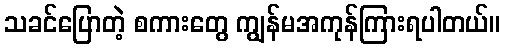
သခင်ပြောတဲ့ စကားတွေ ကျွန်မအကုန်ကြားရပါတယ်။